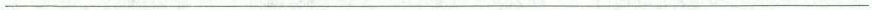
___